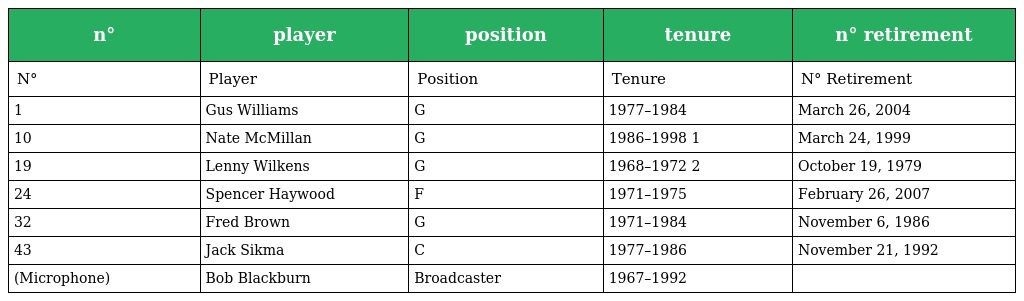
| n° | player | position | tenure | n° retirement |
 | --- | --- | --- | --- | --- |
 | N° | Player | Position | Tenure | N° Retirement |
 | 1 | Gus Williams | G | 1977–1984 | March 26, 2004 |
 | 10 | Nate McMillan | G | 1986–1998 1 | March 24, 1999 |
 | 19 | Lenny Wilkens | G | 1968–1972 2 | October 19, 1979 |
 | 24 | Spencer Haywood | F | 1971–1975 | February 26, 2007 |
 | 32 | Fred Brown | G | 1971–1984 | November 6, 1986 |
 | 43 | Jack Sikma | C | 1977–1986 | November 21, 1992 |
 | (Microphone) | Bob Blackburn | Broadcaster | 1967–1992 |  |